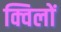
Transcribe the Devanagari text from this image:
क्विलों